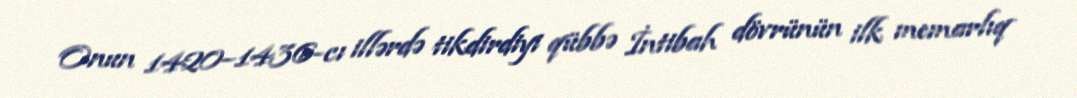
Onun 1420–1436-cı illərdə tikdirdiyi qübbə İntibah dövrünün ilk memarlıq